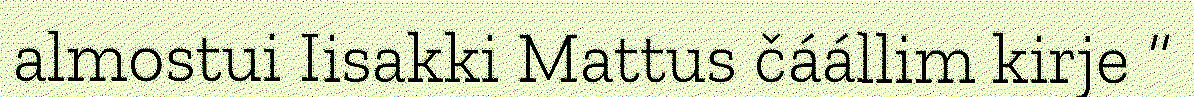
almostui Iisakki Mattus čáállim kirje “